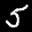
Label: 5